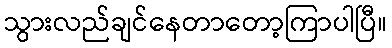
သွားလည်ချင်နေတာတော့ကြာပါပြီ။